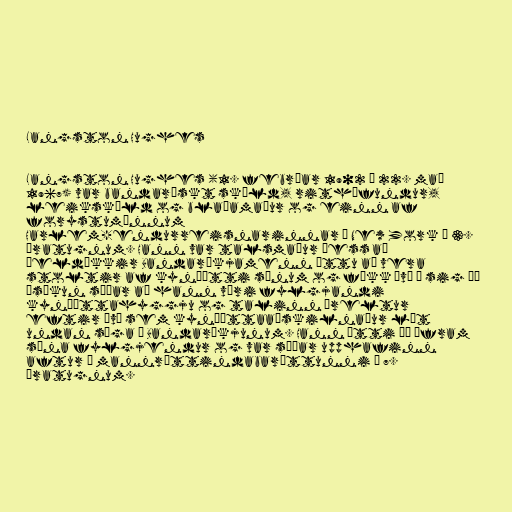
Langston Hughes

Langston Hughes (1. febrúar 1902 – 22. maí
1967) var bandarískt skáld, rithöfundur,
leikskáld og blaðamaður og einn af
forystumönnum
Harlem-endurreisnarinnar í New York á 3.
áratugnum. Hann var talsmaður þess að
þeldökkir Bandaríkjamenn ættu að vera
stoltir af kynþætti sínum og fékk því á sig þá
ásökun síðar að hann væri fylgjandi
kynþáttahyggju og talinn úreltur
eftir því sem kynþáttaaðskilnaður lét
undan síga í Bandaríkjunum. Hann átti þó áfram
sína fylgjendur og var síðar upphafinn
aftur í mannréttindabaráttunni á 7.
áratugnum.